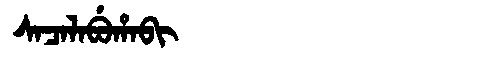
Manchu: ᠰᠠᠴᠠᠯᠠᠪᡠᡥᠠᠪᡳ
Romanization: SACALABUHABI